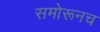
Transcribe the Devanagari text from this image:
समोरूनच